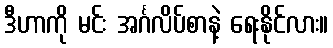
ဒီဟာကို မင်း အင်္ဂလိပ်စာနဲ့ ရေးနိုင်လား။